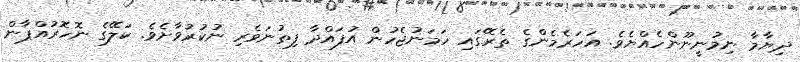
ދިޔާމާ ނިމުނީނޫންހެއްޔެވެ. އަހަރެމެންގެ ތެރޭގައި ހަމަނުޖެހުން އުފައްދާ ފިތުނަވެރި ނުކުރުވާށެވެ. ކަލޭގެ ނޮހޮރުއްޕާން